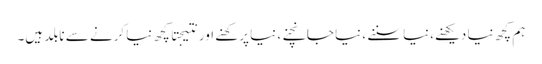
ہم کچھ نیا دیکھنے،نیا سننے ، نیا جانچنے، نیا پرکھنے اور نتیجتا کچھ نیا کرنے سے نابلد ہیں۔